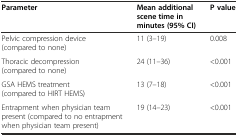
<table><thead><tr><td><b>Parameter</b></td><td><b>Mean additional scene time in minutes (95% CI)</b></td><td><b>P value</b></td></tr></thead><tbody><tr><td>Pelvic compression device (compared to none)</td><td>11 (3–19)</td><td>0.008</td></tr><tr><td>Thoracic decompression (compared to none)</td><td>24 (11–36)</td><td>&lt;0.001</td></tr><tr><td>GSA HEMS treatment (compared to HIRT HEMS)</td><td>13 (7–18)</td><td>&lt;0.001</td></tr><tr><td>Entrapment when physician team present (compared to no entrapment when physician team present)</td><td>19 (14–23)</td><td>&lt;0.001</td></tr></tbody></table>